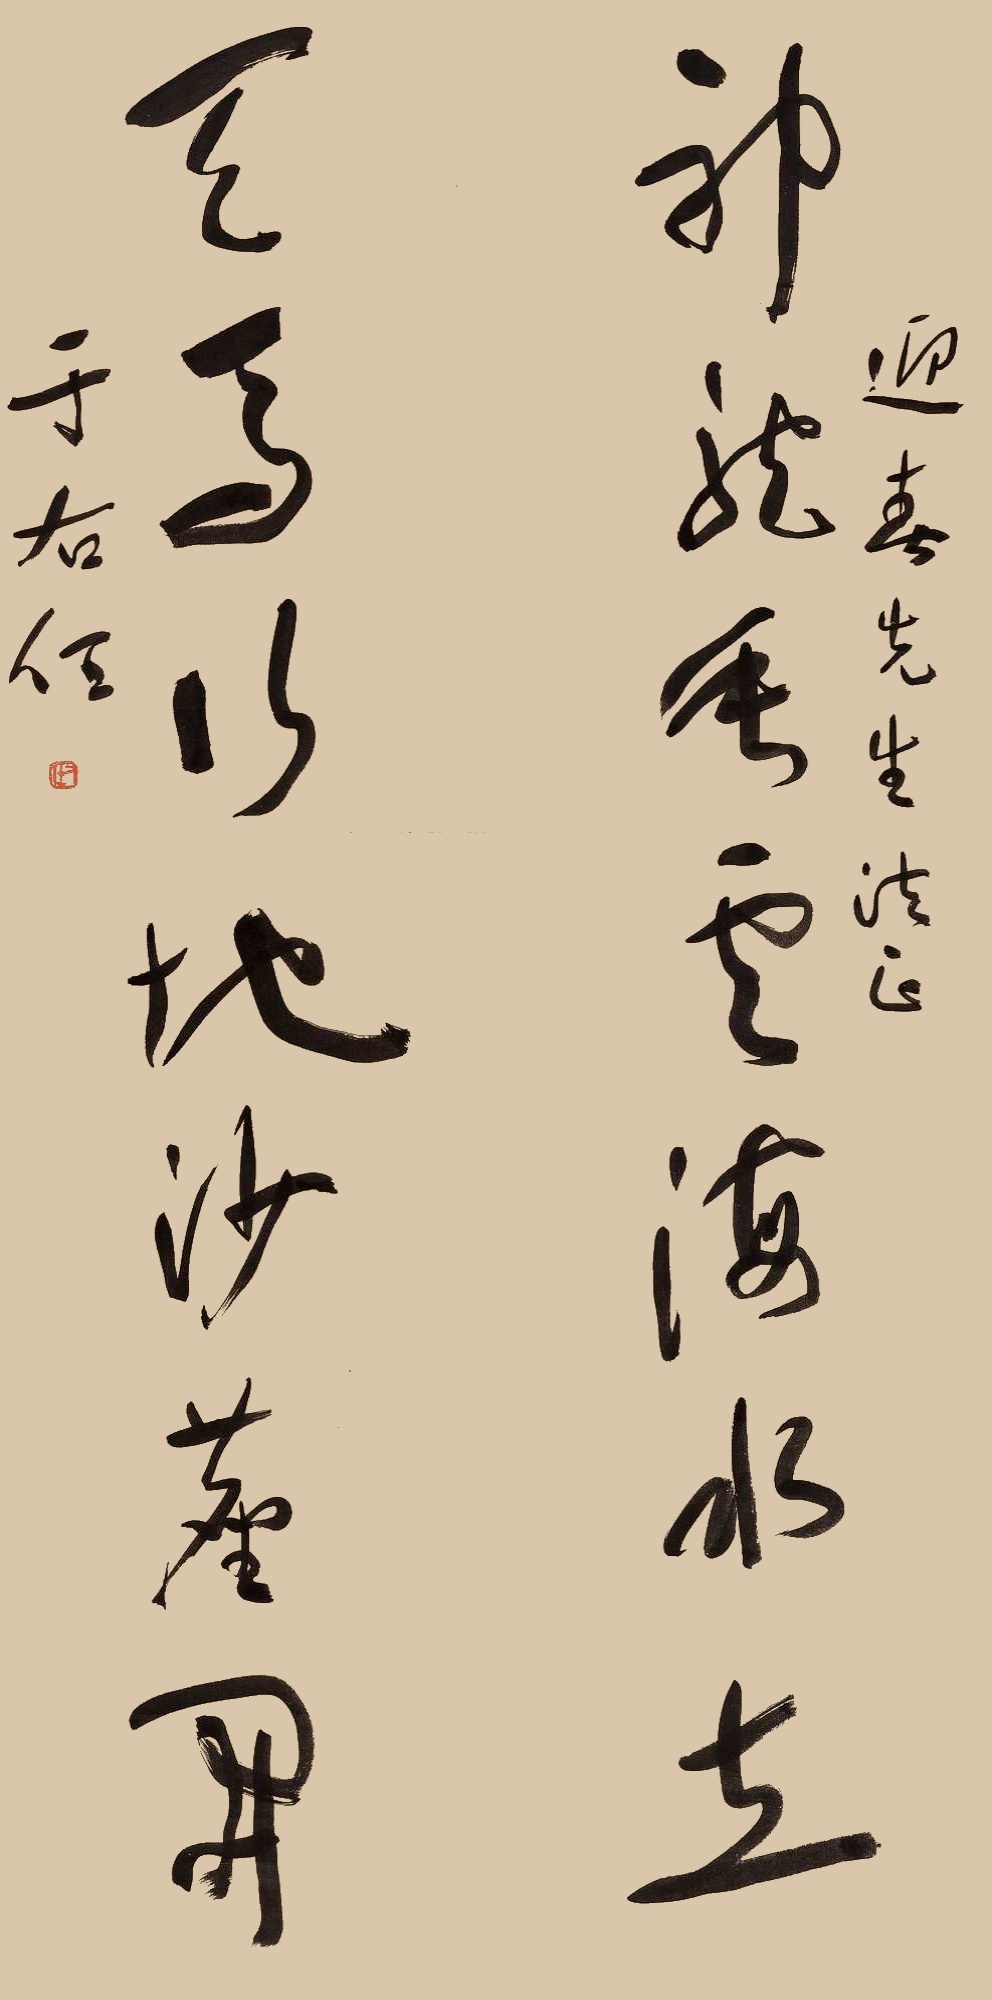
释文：神龙垂云海水立，天马行地沙尘开。迎春先生法正。于右任。